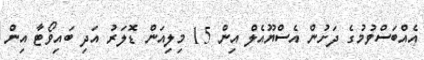
އެއްބަސްވުމުގެ ދަށުން އެސްޔޫއެލް އިން 15 މިލިއަން ޑޮލަރު އަދި ބައިވޯޓާ އިން